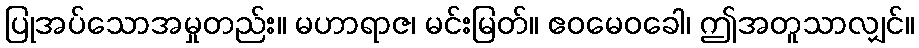
ပြုအပ်သောအမှုတည်း။ မဟာရာဇ၊ မင်းမြတ်။ ဧဝမေဝခေါ၊ ဤအတူသာလျှင်။